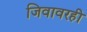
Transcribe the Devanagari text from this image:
जिवावरही